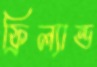
ফ্রিল্যান্ড